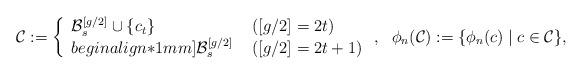
LaTeX: \begin{align*}& \mathcal{C} := \left\{ \begin{array}{ll} \displaystyle \mathcal{B}_s^{[g/2]}\cup \{c_t\} & \ ([g/2]=2t) \\begin{align*}1mm] \displaystyle \mathcal{B}_s^{[g/2]} & \ ([g/2]=2t+1) \end{array} \right.,\ \ \phi_n(\mathcal{C}):=\{\phi_n(c) \mid c\in \mathcal{C}\},\end{align*}